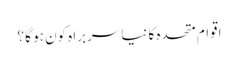
اقوام متحدہ کا نیا سربراہ کون ہو گا ؟